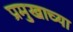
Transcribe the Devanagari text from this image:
प्रमुखाच्या